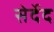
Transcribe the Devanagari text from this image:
सेर्देद